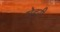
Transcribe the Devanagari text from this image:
मेहरी